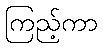
ကြည့်ကာ